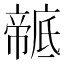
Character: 𢋠